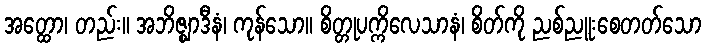
အတ္ထော၊ တည်း။ အဘိဇ္ဈာဒီနံ၊ ကုန်သော။ စိတ္တုပက္ကိလေသာနံ၊ စိတ်ကို ညစ်ညူးစေတတ်သော